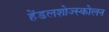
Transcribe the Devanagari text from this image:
हेंडलशोज्स्कोलन